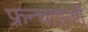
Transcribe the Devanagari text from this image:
फ़्रन्चाइज़ी